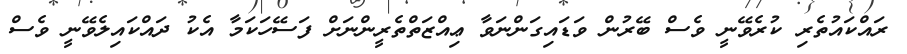
ރައްކައުތެރި ކުރެވޭނީ ވެސް ބޭރުން ވަޑައިގަންނަވާ ޢިއްޒަތްތެރީންނަށް ފަސޭހަކަމާ އެކު ދައްކައިލެވޭނީ ވެސް